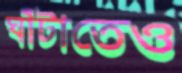
ঘাঁটাতেও